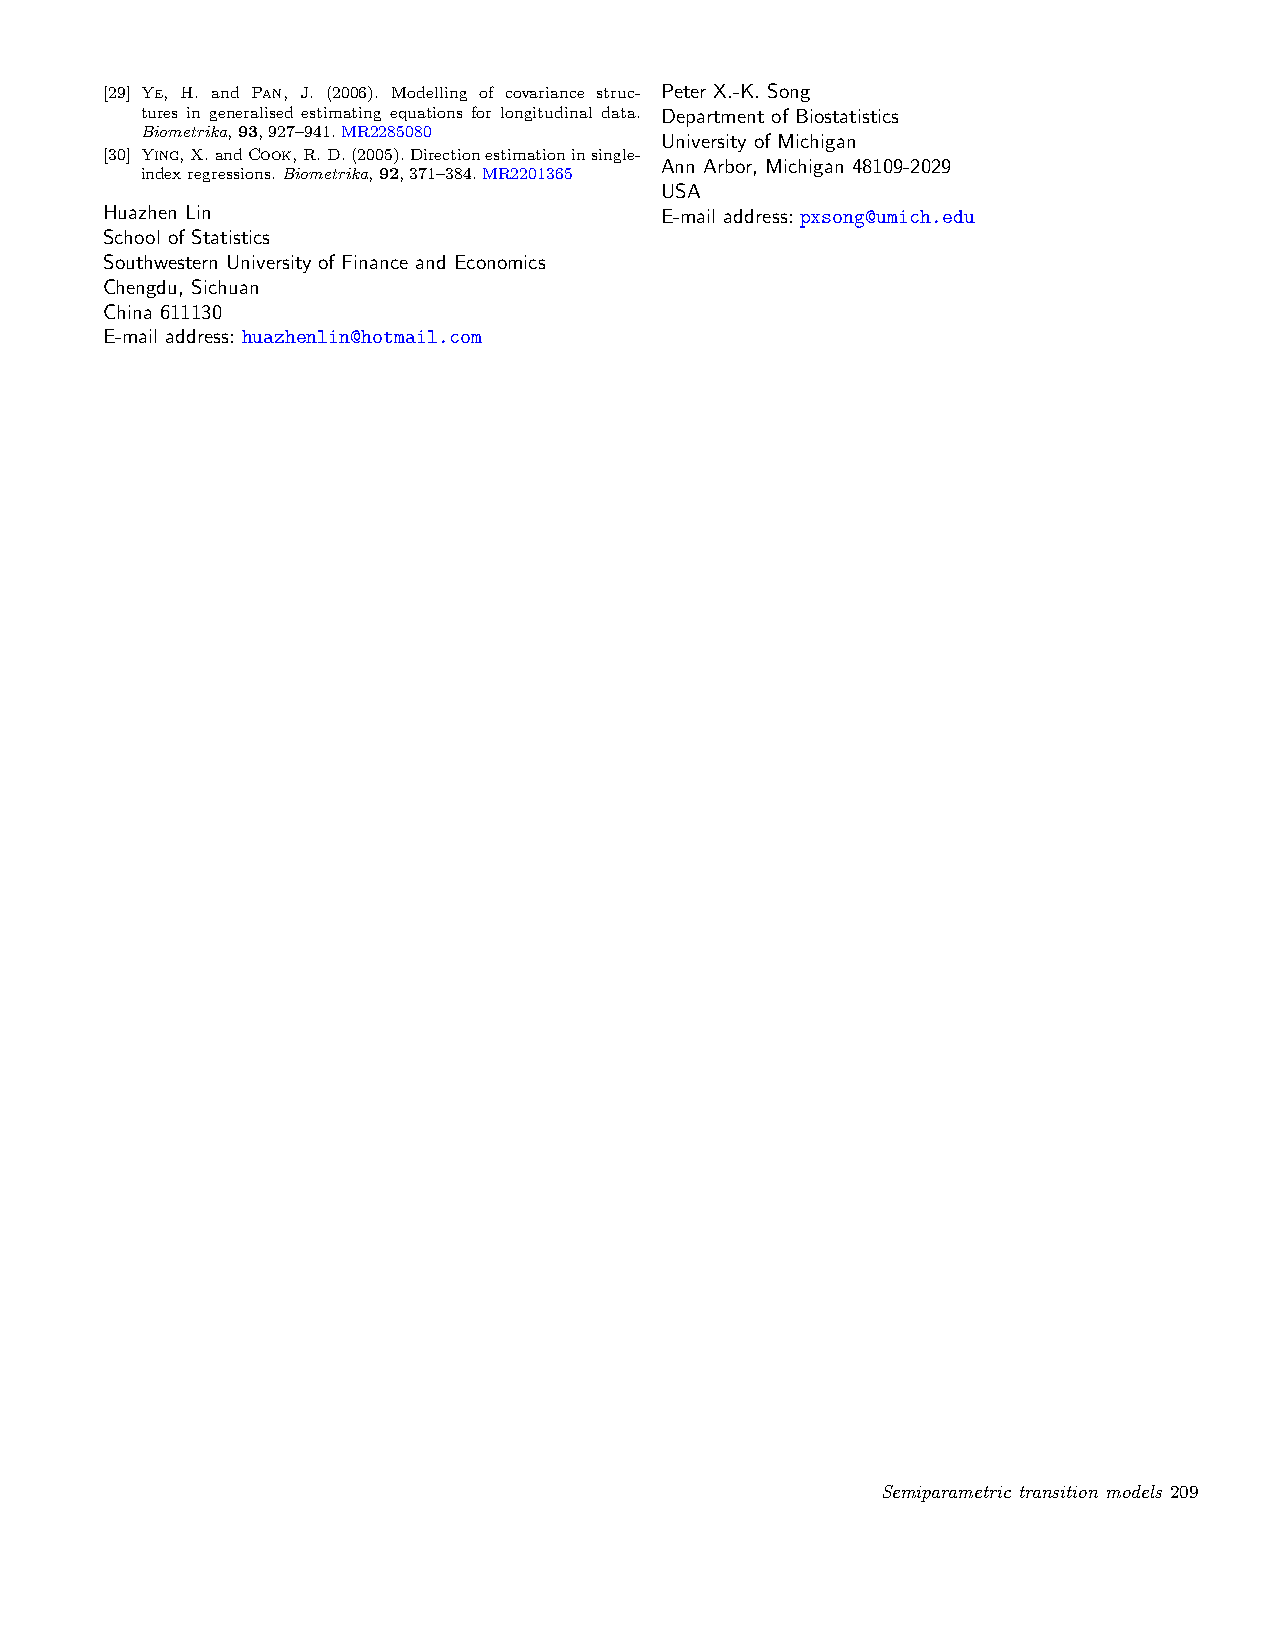
[29] Ye, H. and Pan, J. (2006). Modelling of covariance struc- Peter X.-K. Song
 tures in generalised estimating equations for longitudinal data. Department of Biostatistics
 Biometrika,93,927–941.MR2285080
 University of Michigan
 [30] Ying,X.andCook,R.D.(2005).Directionestimationinsingle-
 Ann Arbor, Michigan 48109-2029
 indexregressions.Biometrika,92,371–384.MR2201365
 USA
 Huazhen Lin                          E-mail address: pxsong@umich.edu
 School of Statistics
 Southwestern University of Finance and Economics
 Chengdu, Sichuan
 China 611130
 E-mail address: huazhenlin@hotmail.com
 Semiparametric transition models 209